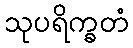
သုပရိက္ခတံ